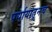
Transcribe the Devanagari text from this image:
पर्यायातूनच